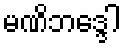
မဏိဘဒ္ဒေါ